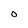
Character: o